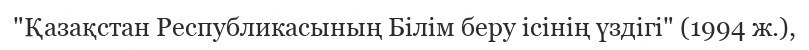
"Қазақстан Республикасының Білім беру ісінің үздігі" (1994 ж.),